Vaccination North-Western Provinces and Oudh 1878-1895 - 1878-1895
Year: 1878
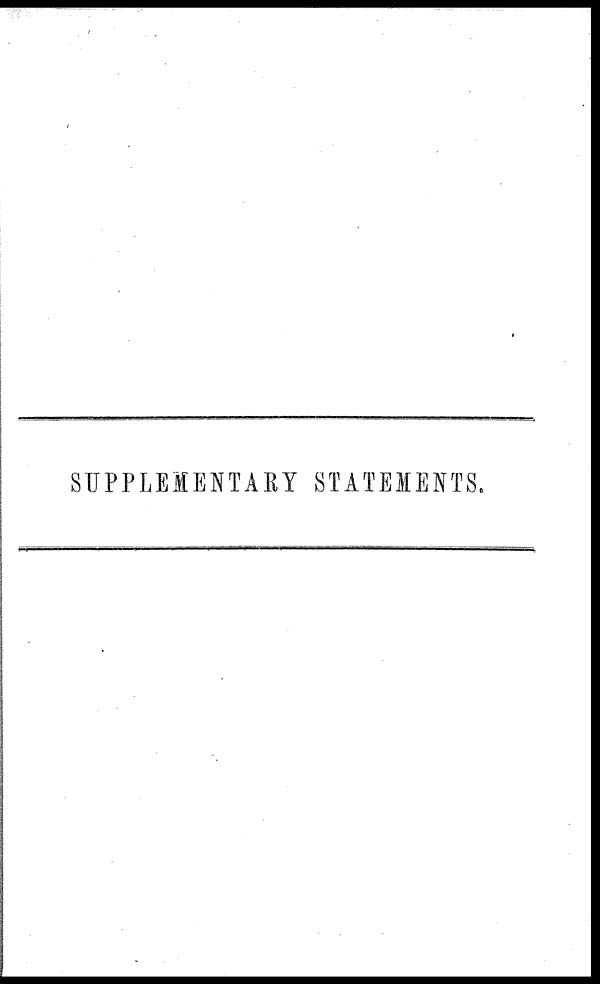
SUPPLEMENTARY STATEMENTS.